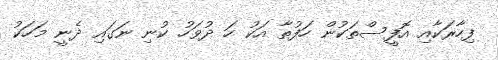
ފިހާރަކާއި އޮފީސްތަކުން ހަފުތާ އަކު ހަ ދުވަހު ކުނި ނަގައި ދެނީ މަހަކު